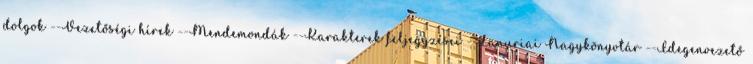
dolgok --Vezetőségi hírek --Mendemondák --Karakterek feljegyzései --Lanuriai Nagykönyvtár --Idegenvezető